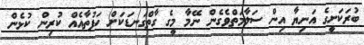
ބުރަކަށީގެ އަނިޔާ އިން ސަލާމަތްވެގެން ނޭމާ މީގެ ގާތްގަނޑަކަށް ހަފުތާއެއް ކުރިން ކުޅެން